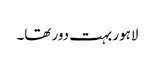
لاہور بہت دور تھا۔